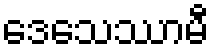
ဒေသေဿာမီ